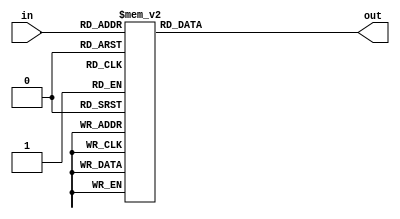
module add
(
   input[3:0] in,
	output reg [3:0] out
);

always @(in)
	case(in)
		4'b0000:out <= 4'b0000;
		4'b0001:out <= 4'b0001;
		4'b0010:out <= 4'b0010;
		4'b0011:out <= 4'b0011;
		4'b0100:out <= 4'b0100;
		4'b0101:out <= 4'b1000;
		4'b0110:out <= 4'b1001;
		4'b0111:out <= 4'b1010;
		4'b1000:out <= 4'b1011;
		4'b1001:out <= 4'b1100;
		default:out <= 4'b0000;
	endcase
endmodule


module BinToDec
(
	input [7:0] Code,
	output[3:0] bit1,bit2,bit3
);
wire[3:0] c1,c2,c3,c4,c5,c6,c7;
wire[3:0] d1,d2,d3,d4,d5,d6,d7;

assign d1 = {1'b0,Code[7:5]};
assign d2 = {c1[2:0],Code[4]};
assign d3 = {c2[2:0],Code[3]};
assign d4 = {c3[2:0],Code[2]};
assign d5 = {c4[2:0],Code[1]};
assign d6 = {1'b0,c1[3],c2[3],c3[3]};
assign d7 = {c6[2:0],c4[3]};
add m1(d1,c1);
add m2(d2,c2);
add m3(d3,c3);
add m4(d4,c4);
add m5(d5,c5);
add m6(d6,c6);
add m7(d7,c7);

assign bit1 = {c5[2:0],Code[0]};
assign bit2 = {c7[2:0],c5[3]};
assign bit3 = {1'b0,1'b0,c6[3],c7[3]};

endmodule